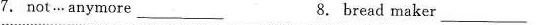
7. not … anymore ___ 8. bread maker ___